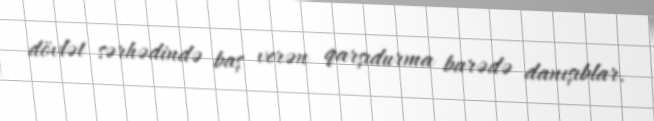
dövlət sərhədində baş verən qarşıdurma barədə danışıblar.